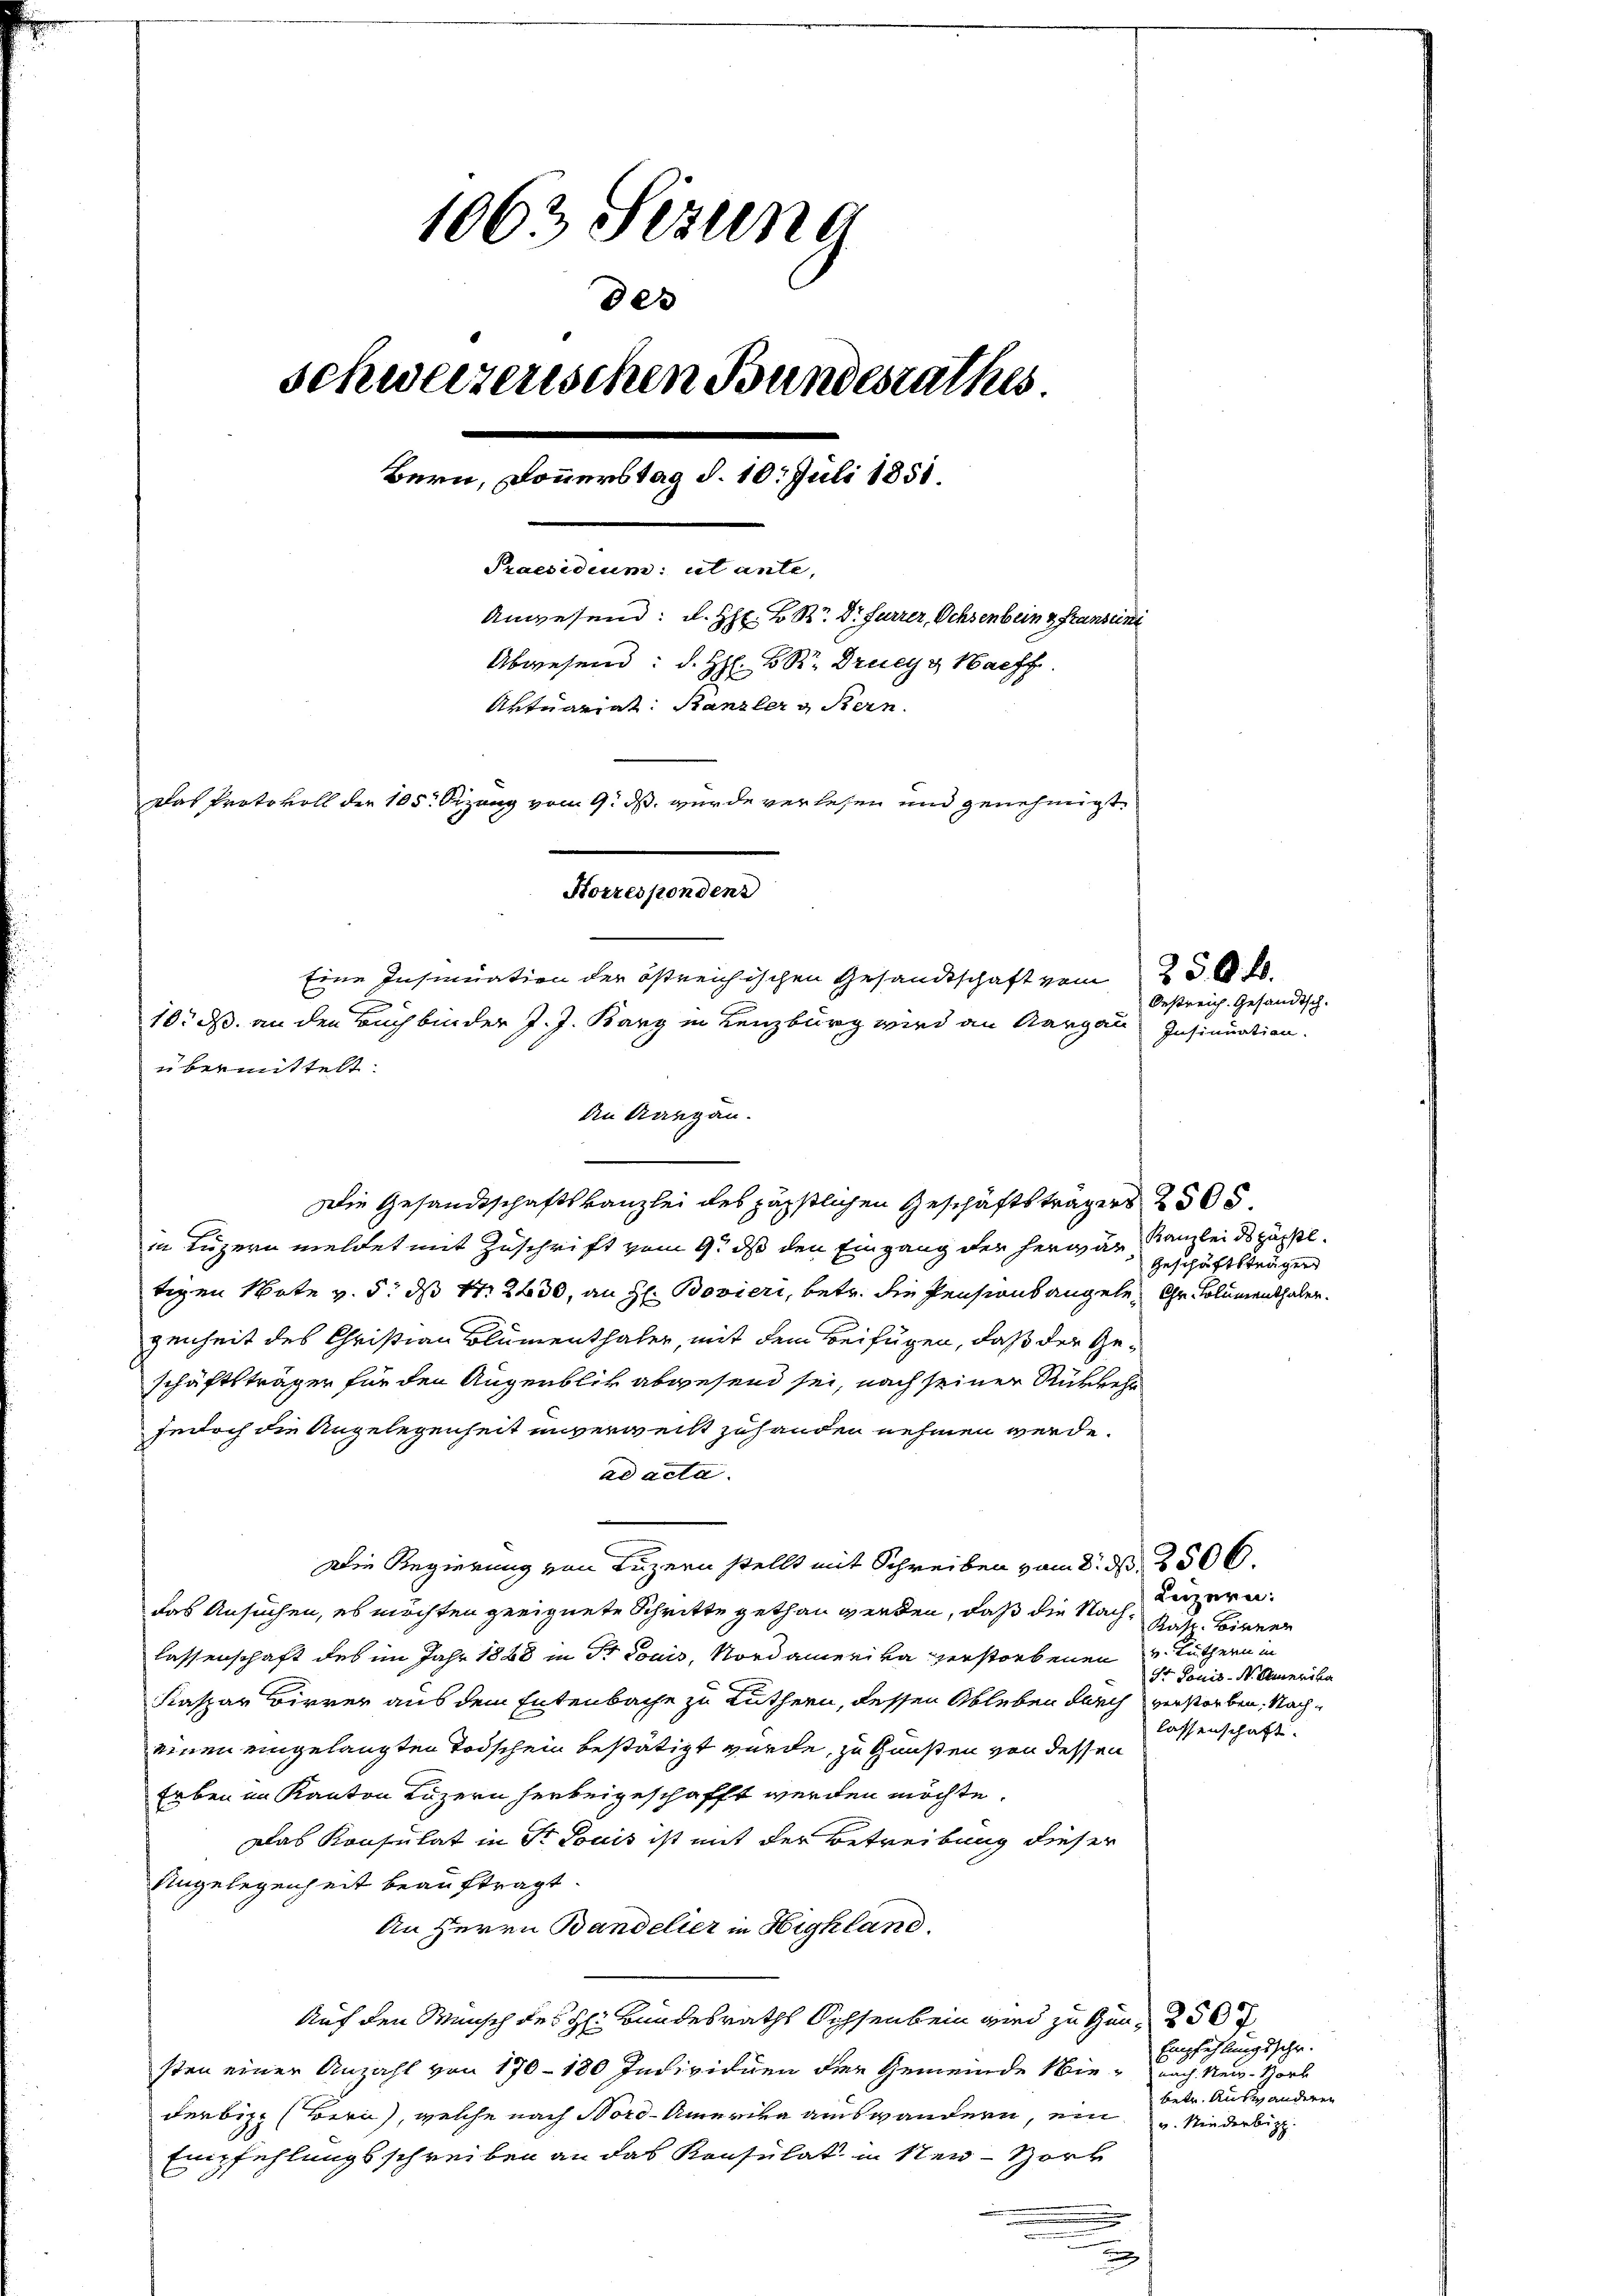
1063 Sezung
des
schweizerischen Bundesrathes.
Bern, Donnerstag d. 10. Juli 1858.
Praesidium ut ante,
Anwesend: d. Hr. K. R. Dr Furrer, Ochsenbein z. Franzuni
Abwesend: d. H. BR. Drey & Nachf
Artuariat Kanzler & Stern.
Das Protokoll der 105. Sizung vom 9. ds. wurde verlesen und genehmigt.
Korrespondenz
Eine Insinuation der östreichischen Gesandtschaft vom 25. 28.
10. ds. an den Buchbinder J. J. Bary in Lenzburg wird an Aargau Insinuation.
übermittelt:

den Aargau.
Die Gesandtschaftskanzlei des päpstlichen Geschäftsträgers 2505.
in Luzern meldet mit Zuschrift vom 9. ds den Eingang der herwär, Kanzlei des paßl
tigen Note v. 5. ds Nr. 2430, an H. Bovieri, betr. die Pensionsangele, Gr. Columenthaler.
genheit des Christian Blumenthaler, mit dem Beifügen, daß der Geschäftsträger für den Augenblik abwesend sei, nach seiner Rückkehr
jedoch die Angelegenheit unverweist zuhanden nehmen werde.
ad acta.
Die Regierung von Luzern stellt mit Schreiben vom 8. d. 2506.
das Ansuchen, es möchten geeignete Schritte gethan werden, daß die Nachlassenschaft des im Jahr 1828 in Dr Louis, Nordamerika verstorbenen
Kaspar Birrer aus dem Entenbache zu Luthern, dessen Ableben durch verstorben. Nacheinen eingelangten Todschein bestätigt wurde, zu Gunsten von dessen
Erben im Kanton Luzern herbeigeschafft werden möchte.
Das Konsulat in Sr. Louis ist mit der Betreibung dieser
Angelegenheit beauftragt.
An Herrn Bandelier in Highland.
Auf den Wunsch des H: Bundesraths Ochsenbein wird zu den 250 f
sten einer Anzahl von 170 - 180 Individuen der Gemeinde Wie-nach New-Horb
derbize (Bern), welche nach Nord-Amerika auswandern, ein u. Niederbit
Empfehlungsschreiben an das Konsulat in Ner-Hort
u
n

Geschäftsträgers

Luzern:
Kahr. Binner
v. Luthern in
ihr Louis-S. Amerika
lassenschaft.

Oestreich. Gesandtsch.

Empfehlungsschr.
betr. Auswanderen